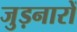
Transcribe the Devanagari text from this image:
जुड़नारों